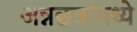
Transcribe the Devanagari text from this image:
अन्नछत्रामध्ये